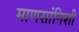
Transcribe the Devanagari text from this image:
माणसांनिशी